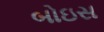
બોઇસ